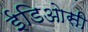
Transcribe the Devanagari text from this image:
ईडिओसी